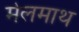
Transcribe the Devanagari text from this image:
मेलमाथ